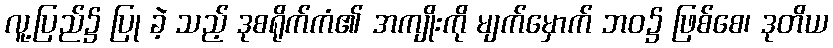
လူ့ပြည်၌ ပြု ခဲ့ သည့် ဒုစရိုက်ကံ၏ အကျိုးကို မျက်မှောက် ဘဝ၌ ဖြစ်စေ၊ ဒုတိယ